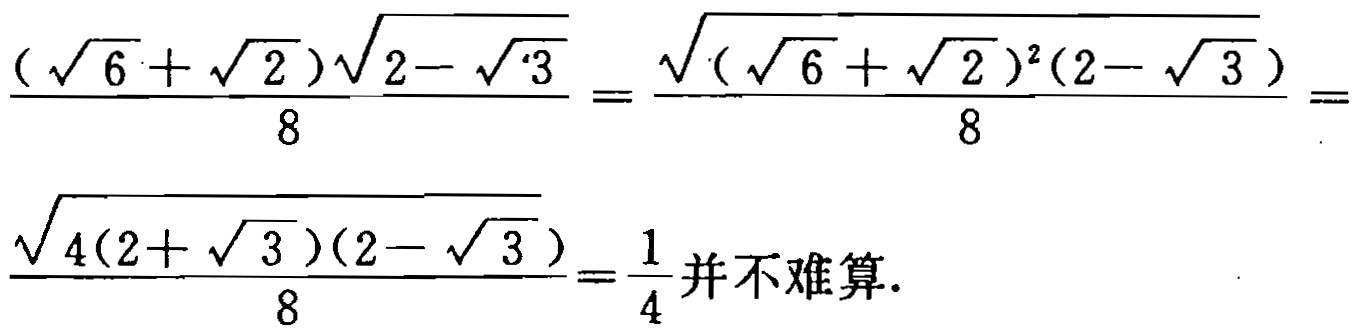
\[\frac{(\sqrt{6}+\sqrt{2})\sqrt{2 - \sqrt{3}}}{8}=\frac{\sqrt{(\sqrt{6}+\sqrt{2})^2(2 - \sqrt{3})}}{8}=\frac{\sqrt{4(2+\sqrt{3})(2 - \sqrt{3})}}{8}=\frac{1}{4}\text{并不难算}.\]